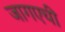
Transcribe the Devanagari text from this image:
जागएची